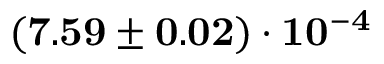
\mathbf { ( 7 . 5 9 \pm 0 . 0 2 ) \cdot 1 0 ^ { - 4 } }